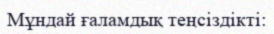
Мұндай ғаламдық теңсіздікті: